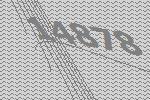
14878